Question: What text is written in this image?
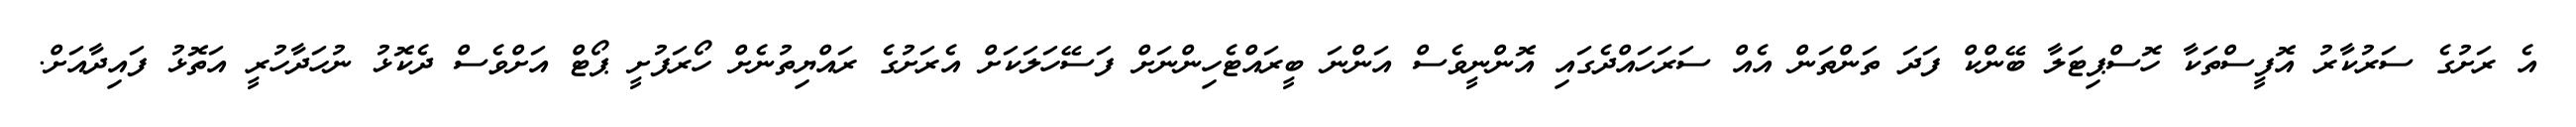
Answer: އެ ރަށުގެ ސަރުކާރު އޮފީސްތަކާ ހޮސްޕިޓަލާ ބޭންކް ފަދަ ތަންތަން އެއް ސަރަހައްދެގައި އޮންނީވެސް އަންނަ ބީރައްޓެހިންނަށް ފަސޭހަލަކަށް އެރަށުގެ ރައްޔިތުނެށް ހޯރަފުށީ ޕޯޓް އަށްވެސް ދެކޮޅު ނުހަދާހުރީ އަތޮޅު ފައިދާއަށް.